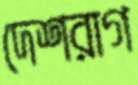
দেশরাগ